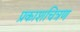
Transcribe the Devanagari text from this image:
प्रकाशचित्रण